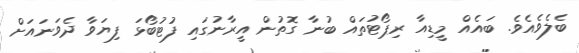
ބެލެވެއެވެ. ބައެއް މީޑިއާ ރިޕޯޓުތައް ބުނާ ގޮތުން އީރާނުގައި ފުޓުބޯޅަ ފިޔަވާ ދެވަނައަށް